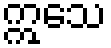
ဣသေ